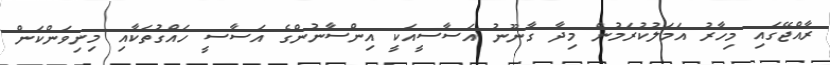
ރާއްޖޭގައި މިހާރު އަމަލުކުރަމުން މިދާ ގާނޫނު އަސާސީއަކީ އިންސާނުންގެ އަސާސީ ހައްގުތަކާއި މިނިވަންކަން